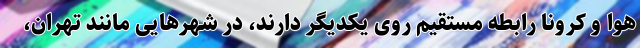
هوا و کرونا رابطه مستقیم روی یکدیگر دارند، در شهرهایی مانند تهران،